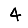
Digit: 4